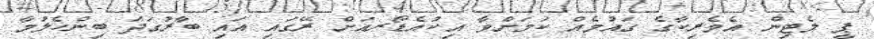
ޕީ ލެޓިން އެމެރިކާގެ ގައުމެއް ކަމަށްވާ އިކުއެޑޯރއަށް ރޭގައި އައި ބާރުގަދަ ބިންހެލުމާ